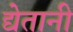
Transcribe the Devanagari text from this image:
द्येतानी